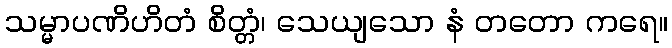
သမ္မာပဏိဟိတံ စိတ္တံ၊ သေယျသော နံ တတော ကရေ။